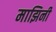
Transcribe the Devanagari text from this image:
माझिनी